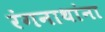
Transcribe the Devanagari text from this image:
रंगनाथांना